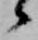
候